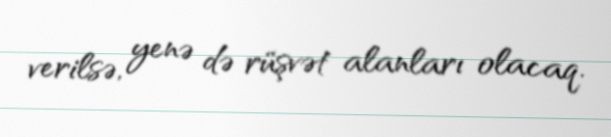
verilsə, yenə də rüşvət alanları olacaq.